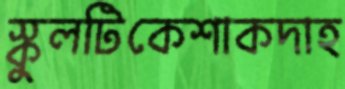
স্কুলটিকেশাকদাহ